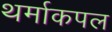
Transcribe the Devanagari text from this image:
थर्माकपल